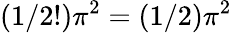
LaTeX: (1/2!)\pi^{2}=(1/2)\pi^{2}